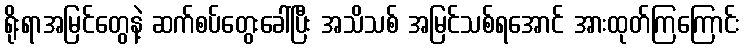
ရိုးရာအမြင်တွေနဲ့ ဆက်စပ်တွေးခေါ်ပြီး အသိသစ် အမြင်သစ်ရအောင် အားထုတ်ကြကြောင်း